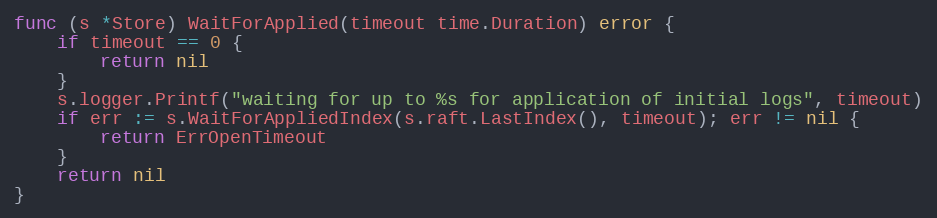
Language: Go
func (s *Store) WaitForApplied(timeout time.Duration) error {
	if timeout == 0 {
		return nil
	}
	s.logger.Printf("waiting for up to %s for application of initial logs", timeout)
	if err := s.WaitForAppliedIndex(s.raft.LastIndex(), timeout); err != nil {
		return ErrOpenTimeout
	}
	return nil
}